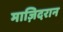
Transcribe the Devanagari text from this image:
माज़िदरान